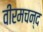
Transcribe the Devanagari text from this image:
वीरमचन्द